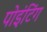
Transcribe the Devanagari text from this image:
पोइंटिंग